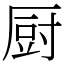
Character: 厨